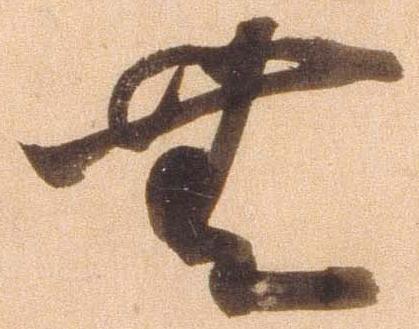
無